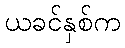
ယခင်နှစ်က